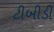
ટીબીડી